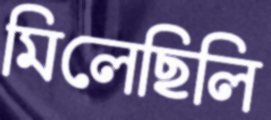
মিলেছিলি